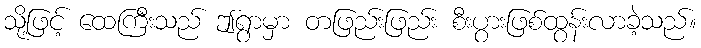
သို့ဖြင့် ထေကြီးသည် ဤရွာမှာ တဖြည်းဖြည်း စီးပွားဖြစ်ထွန်းလာခဲ့သည်။